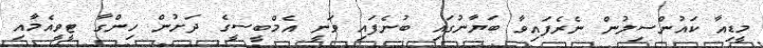
މީޑިއާ ކައުންސިލުން ނެރެފައިވާ ބަޔާނުގައި ބުނެފައި ވަނީ އެމްބީސީގެ ދަށުން ހިންގާ ޓީވީއެމާއި